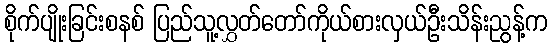
စိုက်ပျိုးခြင်းစနစ် ပြည်သူ့လွှတ်တော်ကိုယ်စားလှယ်ဦးသိန်းညွန့်က